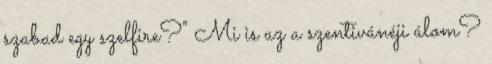
szabad egy szelfire?" Mi is az a szentivánéji álom?